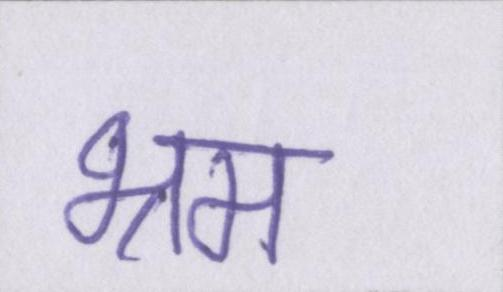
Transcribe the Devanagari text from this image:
भ्रम